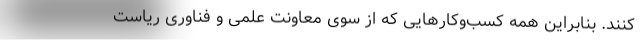
کنند. بنابراین همه کسب‌و‌کارهایی که از سوی معاونت علمی و فناوری ریاست